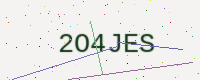
Text: 2O4JES